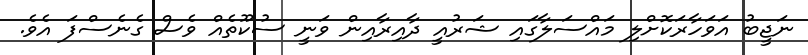
ނަޖީބު އަވަހާރަކޮށްލި މައްސަލާގައި ޝަރުއީ ދާއިރާއިން ވަނީ ސުކޫތެއް ވެސް ގެނެސްފަ އެވެ.